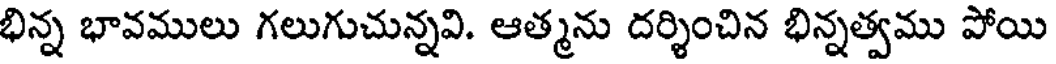
భిన్న భావములు గలుగుచున్నవి. ఆత్మను దర్శించిన భిన్నత్వము పోయి